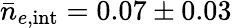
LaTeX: \bar{n}_{e,{\mathrm{int}}}=0.07\pm 0.03